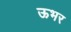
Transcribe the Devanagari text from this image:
ऊभर